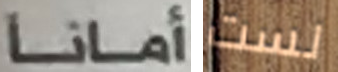
أمانا لست